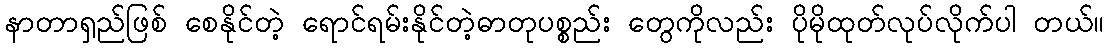
နာတာရှည်ဖြစ် စေနိုင်တဲ့ ရောင်ရမ်းနိုင်တဲ့ဓာတုပစ္စည်း တွေကိုလည်း ပိုမိုထုတ်လုပ်လိုက်ပါ တယ်။